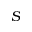
S